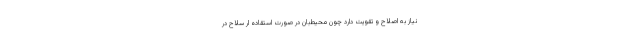
نیاز به اصلاح و تقویت دارد چون محیط‌بان در صورت استقاده ار سلاح در